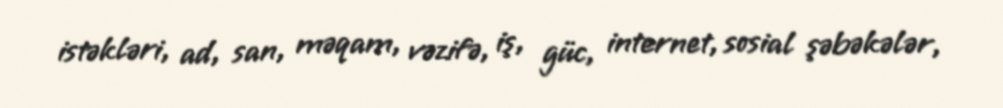
istəkləri, ad, san, məqam, vəzifə, iş, güc, internet, sosial şəbəkələr,